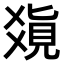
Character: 𤕥